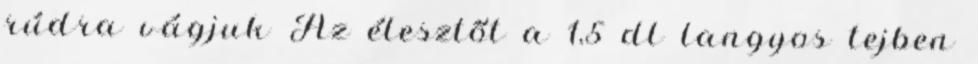
rúdra vágjuk Az élesztőt a 1,5 dl langyos tejben